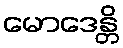
မောဒေန္တိ